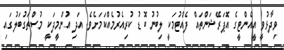
ވިދާޅުވީ އީއެންޓީގެ އޮޕަރޭޝަންތައް ފެއްޓުމަކީ ލިބުނު ބޮޑު ކުރިއެރުމެއްކަމަށެވެ. އަދި އުންމީދަކީ މުސްތަގުބަލުގައި